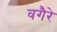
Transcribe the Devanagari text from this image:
वगैेरे